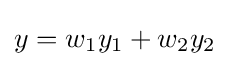
y=w_{1}y_{1}+w_{2}y_{2}